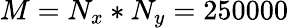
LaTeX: M=N_{x}*N_{y}=250000